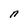
Character: n